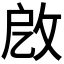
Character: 𢼚